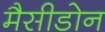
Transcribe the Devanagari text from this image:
मैसीडोन